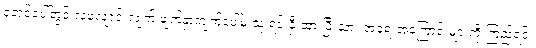
ခုတင်ပေါ်တွင် လှဲလျောင်းလျက် မျက်နှာကျက်ပေါ်မှ သူ ရင်းနှီးထားပြီးသား အရေးအကြောင်းများကို ကြည့်ရင်း